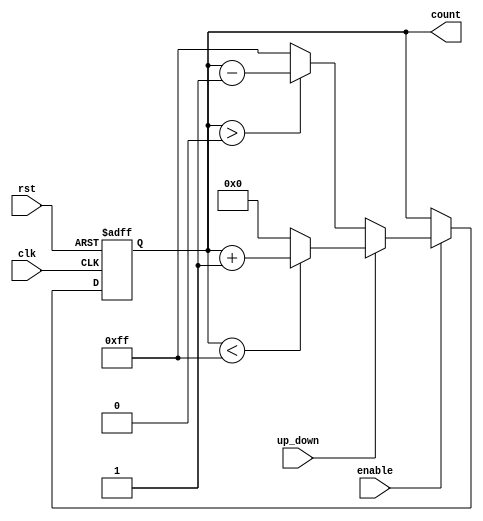
module UpDownCounter (
    input wire clk,           // Clock signal
    input wire rst,           // Asynchronous reset
    input wire up_down,       // Control signal for up/down counting
    input wire enable,        // Enable signal for the counter
    output reg [7:0] count    // Current count value (8-bit width)
);

    // Maximum count value for an 8-bit counter is 255 (0-255)
    parameter MAX_COUNT = 8'hFF;

    // Asynchronous reset
    always @(posedge clk or posedge rst) begin
        if (rst) begin
            count <= 8'h00; // Reset count to 0
        end else if (enable) begin
            if (up_down) begin
                // Increment count with wrap-around
                if (count < MAX_COUNT)
                    count <= count + 1;
                else
                    count <= 8'h00; // Wrap around to 0
            end else begin
                // Decrement count with wrap-around
                if (count > 8'h00)
                    count <= count - 1;
                else
                    count <= MAX_COUNT; // Wrap around to MAX_COUNT (255)
            end
        end
    end

endmodule